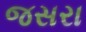
જસરા